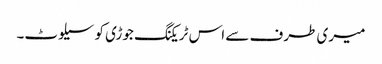
میری طرف سے اس ٹریکنگ جوڑی کو سیلوٹ۔